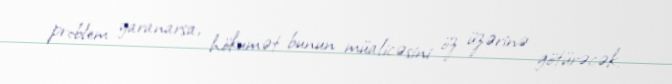
problem yaranarsa, hökumət bunun müalicəsini öz üzərinə götürəcək.